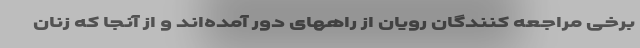
برخی مراجعه کنندگان رویان از راههای دور آمده‌اند و از آنجا که زنان